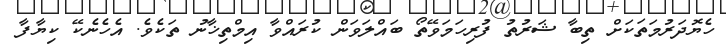
ހެޔޮދަރުމަތަކަށް ތިބާ ޝަރުތު ފުރިހަމަވޭތޯ ބައްލަވަން ކުރައްވާ އިމްތިޚާނު ތަކެވެ. އެހެނެކޭ ކިޔާފާ